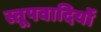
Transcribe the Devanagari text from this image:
स्तूपवादियों